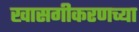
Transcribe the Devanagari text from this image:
खासगीकरणच्या